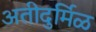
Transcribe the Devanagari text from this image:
अतीदुर्मिळ